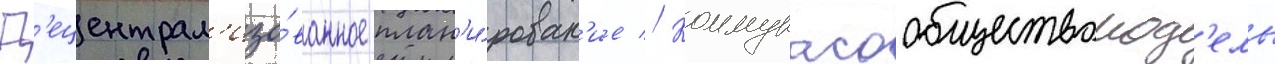
Д'ецентрал'изо́ванное план'и́рован'ие // Коммунасообществомод'ель